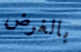
بالغرض